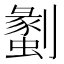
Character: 𠠞